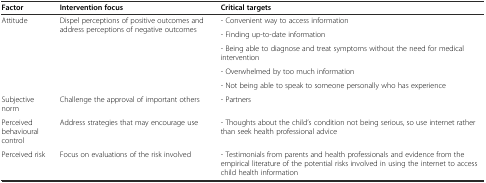
<table><thead><tr><td><b>Factor</b></td><td><b>Intervention focus</b></td><td><b>Critical targets</b></td></tr></thead><tbody><tr><td rowspan="5">Attitude</td><td rowspan="5">Dispel perceptions of positive outcomes and address perceptions of negative outcomes</td><td>- Convenient way to access information</td></tr><tr><td>- Finding up-to-date information</td></tr><tr><td>- Being able to diagnose and treat symptoms without the need for medical intervention</td></tr><tr><td>- Overwhelmed by too much information</td></tr><tr><td>- Not being able to speak to someone personally who has experience</td></tr><tr><td>Subjective norm</td><td>Challenge the approval of important others</td><td>- Partners</td></tr><tr><td>Perceived behavioural control</td><td>Address strategies that may encourage use</td><td>- Thoughts about the child’s condition not being serious, so use internet rather than seek health professional advice</td></tr><tr><td>Perceived risk</td><td>Focus on evaluations of the risk involved</td><td>- Testimonials from parents and health professionals and evidence from the empirical literature of the potential risks involved in using the internet to access child health information</td></tr></tbody></table>